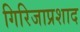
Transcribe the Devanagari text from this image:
गिरिजाप्रशाद